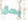
بصق